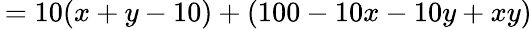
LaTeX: \, =10(x+y-10)+(100-10x-10y+xy)